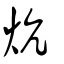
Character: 炕